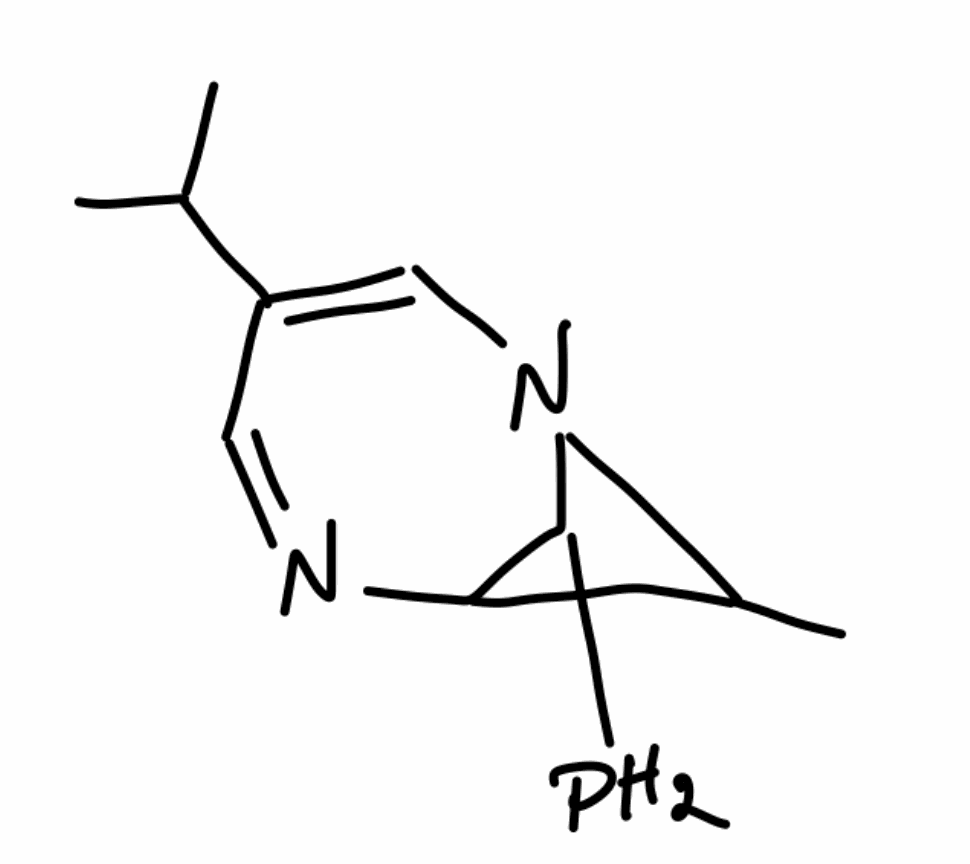
Simplified molecular-input line-entry system (SMILES) notation of the given molecule:
CC1C2C(N1C=C(C=N2)C(C)C)P